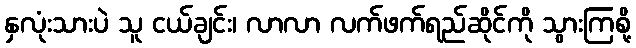
နှလုံးသားပဲ သူ ငယ်ချင်း၊ လာလာ လက်ဖက်ရည်ဆိုင်ကို သွားကြစို့